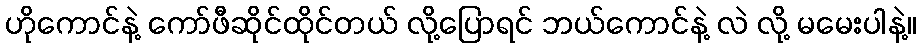
ဟိုကောင်နဲ့ ကော်ဖီဆိုင်ထိုင်တယ် လို့ပြောရင် ဘယ်ကောင်နဲ့ လဲ လို့ မမေးပါနဲ့။